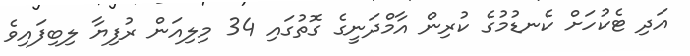
އަދި ޓެކުހަށް ކެނޑުމުގެ ކުރިން އާމްދަނީގެ ގޮތުގައި 34 މިލިއަން ރުފިޔާ ލިބިފައިވެ